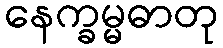
နေက္ခမ္မဓာတု